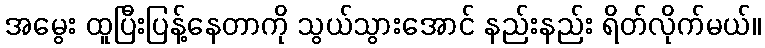
အမွေး ထူပြီးပြန့်နေတာကို သွယ်သွားအောင် နည်းနည်း ရိတ်လိုက်မယ်။